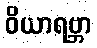
ဝိယာရဗ္ဘာ